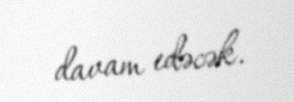
davam edəcək.